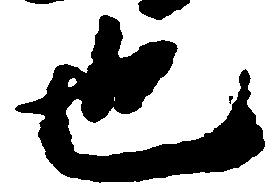
也